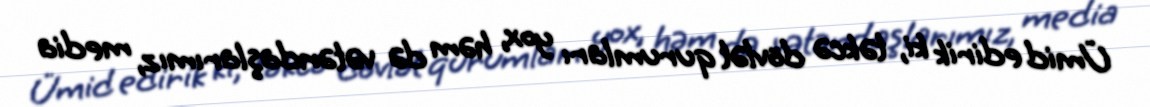
Ümid edirik ki, təkcə dövlət qurumları yox, həm də vətəndaşlarımız, media